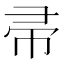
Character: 帚